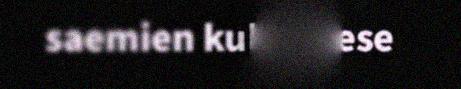
saemien kultuvrese